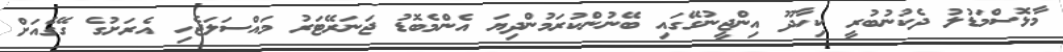
މާޅޮސްމަޑުލު ދެކުނުބުރީ ކިހާދޫ އިންޖީނުގޭގައި ބޭނުންކުރަމުންދިޔަ އެންމެބޮޑު ޖަނަރޭޓަރު މައްސަލަޖެހި އެރަށުގެ ގޭގެއަށް